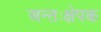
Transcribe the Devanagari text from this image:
अन्तःक्षेपक